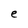
Character: e